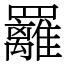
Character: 䍦